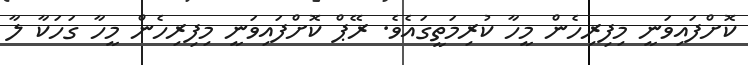
ކޮށްފައިވަނީ މިފިރިހެން މީހާ ކުރިމަތީގައެވެ. ރޭޕް ކޮށްފައިވަނީ މިފިރިހެން މީހާ ގަހަކާ ލާ